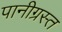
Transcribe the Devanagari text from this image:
पानीग्रस्त